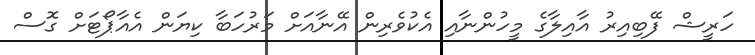
ހަރީޝް ފޭބިއިރު އާއިލާގެ މީހުންނާއި އެކުވެރިން އޭނާއަށް މަރުހަބާ ކިޔަން އެއާޕޯޓަށް ގޮސް